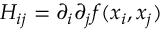
H _ { i j } = \partial _ { i } \partial _ { j } f ( x _ { i } , x _ { j } )